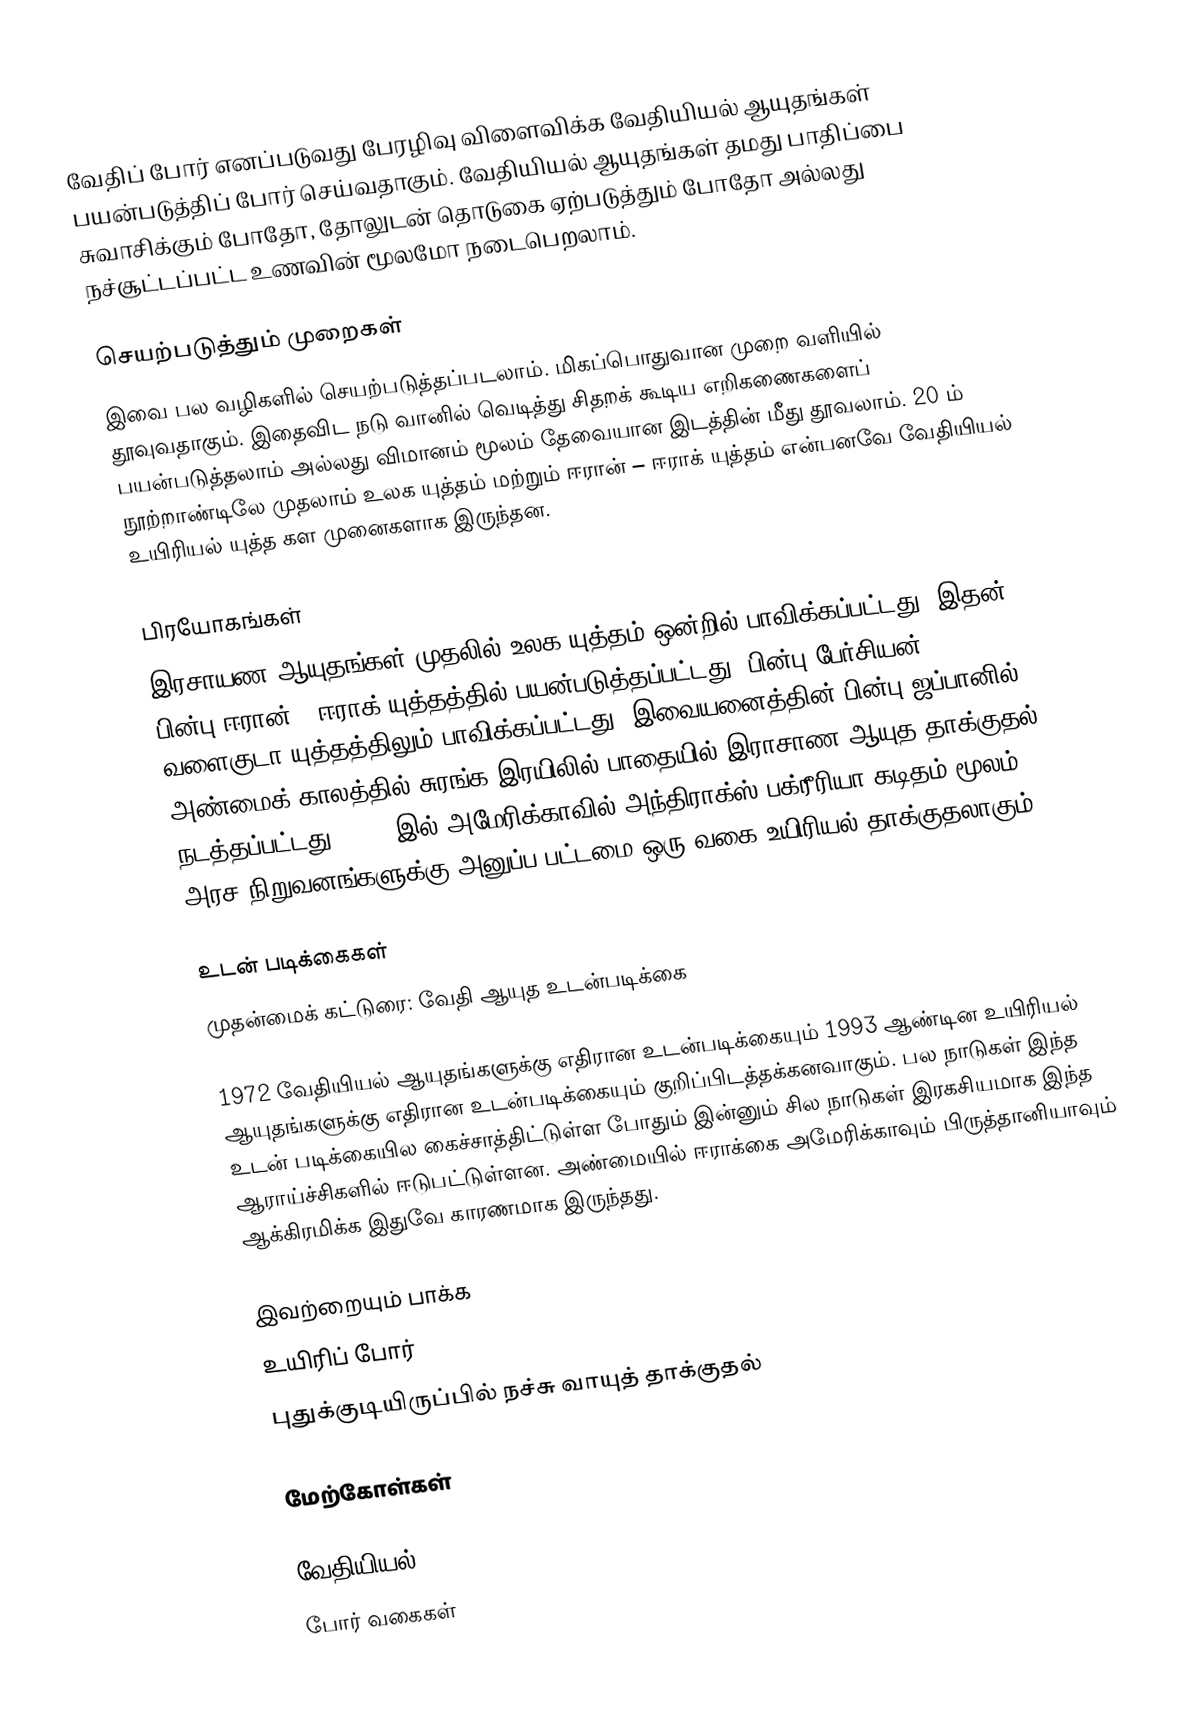
வேதிப் போர் எனப்படுவது பேரழிவு விளைவிக்க வேதியியல் ஆயுதங்கள் பயன்படுத்திப் போர் செய்வதாகும். வேதியியல் ஆயுதங்கள் தமது பாதிப்பை சுவாசிக்கும் போதோ, தோலுடன் தொடுகை ஏற்படுத்தும் போதோ அல்லது நச்சூட்டப்பட்ட உணவின் மூலமோ நடைபெறலாம்.

செயற்படுத்தும் முறைகள்
இவை பல வழிகளில் செயற்படுத்தப்படலாம். மிகப்பொதுவான முறை வளியில் தூவுவதாகும். இதைவிட நடு வானில் வெடித்து சிதறக் கூடிய எறிகணைகளைப் பயன்படுத்தலாம் அல்லது விமானம் மூலம் தேவையான இடத்தின் மீது தூவலாம். 20 ம் நூற்றாண்டிலே முதலாம் உலக யுத்தம் மற்றும் ஈரான் – ஈராக் யுத்தம் என்பனவே வேதியியல் உயிரியல் யுத்த கள முனைகளாக இருந்தன.

பிரயோகங்கள்
இரசாயண ஆயுதங்கள் முதலில் உலக யுத்தம் ஒன்றில் பாவிக்கப்பட்டது. இதன் பின்பு ஈரான் - ஈராக் யுத்தத்தில் பயன்படுத்தப்பட்டது. பின்பு பேர்சியன் வளைகுடா யுத்தத்திலும் பாவிக்கப்பட்டது. இவையனைத்தின் பின்பு ஜப்பானில் அண்மைக் காலத்தில் சுரங்க இரயிலில் பாதையில் இராசாண ஆயுத தாக்குதல் நடத்தப்பட்டது. 2001 இல் அமேரிக்காவில் அந்திராக்ஸ் பக்ரீரியா கடிதம் மூலம் அரச நிறுவனங்களுக்கு அனுப்ப பட்டமை ஒரு வகை உயிரியல் தாக்குதலாகும்.

உடன் படிக்கைகள்
முதன்மைக் கட்டுரை: வேதி ஆயுத உடன்படிக்கை

1972 வேதியியல் ஆயுதங்களுக்கு எதிரான உடன்படிக்கையும் 1993 ஆண்டின உயிரியல் ஆயுதங்களுக்கு எதிரான உடன்படிக்கையும் குறிப்பிடத்தக்கனவாகும். பல நாடுகள் இந்த உடன் படிக்கையில கைச்சாத்திட்டுள்ள போதும் இன்னும் சில நாடுகள் இரகசியமாக இந்த ஆராய்ச்சிகளில் ஈடுபட்டுள்ளன. அண்மையில் ஈராக்கை அமேரிக்காவும் பிருத்தானியாவும் ஆக்கிரமிக்க இதுவே காரணமாக இருந்தது.

இவற்றையும் பாக்க
 உயிரிப் போர்
 புதுக்குடியிருப்பில் நச்சு வாயுத் தாக்குதல்

மேற்கோள்கள்

வேதியியல்
போர் வகைகள்